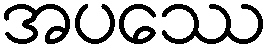
အပဿေ